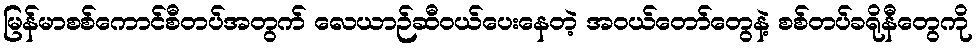
မြန်မာစစ်ကောင်စီတပ်အတွက် လေယာဉ်ဆီဝယ်ပေးနေတဲ့ အဝယ်တော်တွေနဲ့ စစ်တပ်ခရိုနီတွေကို